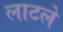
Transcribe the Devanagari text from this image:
लाटले